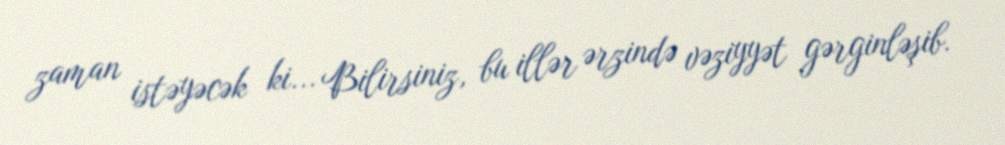
zaman istəyəcək ki... Bilirsiniz, bu illər ərzində vəziyyət gərginləşib.